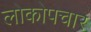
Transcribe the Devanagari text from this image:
लोकोपचार